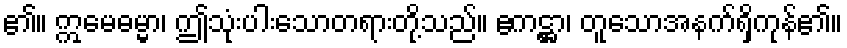
၏။ ဣမေဓမ္မာ၊ ဤသုံးပါးသောတရားတို့သည်။ ဧကဋ္ဌာ၊ တူသောအနက်ရှိကုန်၏။